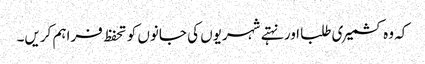
کہ وہ کشمیری طلبا اور نہتے شہریوں کی جانوں کو تحفظ فراہم کریں۔